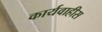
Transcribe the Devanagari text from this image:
कार्यवाहीस